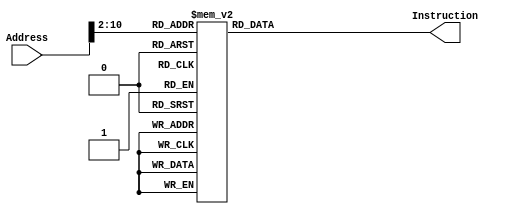
module InstructionMemory(Address, Instruction);
	input [31:0] Address;
	output reg [31:0] Instruction;
	always @(*)
		case (Address[10:2])
			9'd0:    Instruction <= 32'h08000003;
			9'd1:    Instruction <= 32'h08000172;
			9'd2:    Instruction <= 32'h0800019f;
			9'd3:    Instruction <= 32'h24090014;
			9'd4:    Instruction <= 32'h01200008;
			9'd5:    Instruction <= 32'h0000a021;
			9'd6:    Instruction <= 32'h2008003f;
			9'd7:    Instruction <= 32'hae880000;
			9'd8:    Instruction <= 32'h20080006;
			9'd9:    Instruction <= 32'hae880004;
			9'd10:    Instruction <= 32'h2008005b;
			9'd11:    Instruction <= 32'hae880008;
			9'd12:    Instruction <= 32'h2008004b;
			9'd13:    Instruction <= 32'hae88000c;
			9'd14:    Instruction <= 32'h20080066;
			9'd15:    Instruction <= 32'hae880010;
			9'd16:    Instruction <= 32'h2008006d;
			9'd17:    Instruction <= 32'hae880014;
			9'd18:    Instruction <= 32'h2008007d;
			9'd19:    Instruction <= 32'hae880018;
			9'd20:    Instruction <= 32'h20080007;
			9'd21:    Instruction <= 32'hae88001c;
			9'd22:    Instruction <= 32'h2008007f;
			9'd23:    Instruction <= 32'hae880020;
			9'd24:    Instruction <= 32'h2008006f;
			9'd25:    Instruction <= 32'hae880024;
			9'd26:    Instruction <= 32'h20080077;
			9'd27:    Instruction <= 32'hae880028;
			9'd28:    Instruction <= 32'h2008007c;
			9'd29:    Instruction <= 32'hae88002c;
			9'd30:    Instruction <= 32'h20080039;
			9'd31:    Instruction <= 32'hae880030;
			9'd32:    Instruction <= 32'h2008005e;
			9'd33:    Instruction <= 32'hae880034;
			9'd34:    Instruction <= 32'h20080079;
			9'd35:    Instruction <= 32'hae880038;
			9'd36:    Instruction <= 32'h20080071;
			9'd37:    Instruction <= 32'hae88003c;
			9'd38:    Instruction <= 32'h20083dd6;
			9'd39:    Instruction <= 32'hae880040;
			9'd40:    Instruction <= 32'h20083fc9;
			9'd41:    Instruction <= 32'hae880044;
			9'd42:    Instruction <= 32'h200878c5;
			9'd43:    Instruction <= 32'hae880048;
			9'd44:    Instruction <= 32'h200850c0;
			9'd45:    Instruction <= 32'hae88004c;
			9'd46:    Instruction <= 32'h200818e7;
			9'd47:    Instruction <= 32'hae880050;
			9'd48:    Instruction <= 32'h2008006e;
			9'd49:    Instruction <= 32'hae880054;
			9'd50:    Instruction <= 32'h20085ab4;
			9'd51:    Instruction <= 32'hae880058;
			9'd52:    Instruction <= 32'h200805bb;
			9'd53:    Instruction <= 32'hae88005c;
			9'd54:    Instruction <= 32'h200849a0;
			9'd55:    Instruction <= 32'hae880060;
			9'd56:    Instruction <= 32'h20083282;
			9'd57:    Instruction <= 32'hae880064;
			9'd58:    Instruction <= 32'h200843f1;
			9'd59:    Instruction <= 32'hae880068;
			9'd60:    Instruction <= 32'h20080779;
			9'd61:    Instruction <= 32'hae88006c;
			9'd62:    Instruction <= 32'h200811f4;
			9'd63:    Instruction <= 32'hae880070;
			9'd64:    Instruction <= 32'h20081757;
			9'd65:    Instruction <= 32'hae880074;
			9'd66:    Instruction <= 32'h20086f1a;
			9'd67:    Instruction <= 32'hae880078;
			9'd68:    Instruction <= 32'h2008584b;
			9'd69:    Instruction <= 32'hae88007c;
			9'd70:    Instruction <= 32'h20084fd2;
			9'd71:    Instruction <= 32'hae880080;
			9'd72:    Instruction <= 32'h20083989;
			9'd73:    Instruction <= 32'hae880084;
			9'd74:    Instruction <= 32'h200873a5;
			9'd75:    Instruction <= 32'hae880088;
			9'd76:    Instruction <= 32'h20084d19;
			9'd77:    Instruction <= 32'hae88008c;
			9'd78:    Instruction <= 32'h2008015d;
			9'd79:    Instruction <= 32'hae880090;
			9'd80:    Instruction <= 32'h20082ab6;
			9'd81:    Instruction <= 32'hae880094;
			9'd82:    Instruction <= 32'h20084b83;
			9'd83:    Instruction <= 32'hae880098;
			9'd84:    Instruction <= 32'h200802f7;
			9'd85:    Instruction <= 32'hae88009c;
			9'd86:    Instruction <= 32'h20083f59;
			9'd87:    Instruction <= 32'hae8800a0;
			9'd88:    Instruction <= 32'h20085adb;
			9'd89:    Instruction <= 32'hae8800a4;
			9'd90:    Instruction <= 32'h20081093;
			9'd91:    Instruction <= 32'hae8800a8;
			9'd92:    Instruction <= 32'h2008547c;
			9'd93:    Instruction <= 32'hae8800ac;
			9'd94:    Instruction <= 32'h20085925;
			9'd95:    Instruction <= 32'hae8800b0;
			9'd96:    Instruction <= 32'h20081a25;
			9'd97:    Instruction <= 32'hae8800b4;
			9'd98:    Instruction <= 32'h20083c3b;
			9'd99:    Instruction <= 32'hae8800b8;
			9'd100:    Instruction <= 32'h200875ed;
			9'd101:    Instruction <= 32'hae8800bc;
			9'd102:    Instruction <= 32'h20087fd3;
			9'd103:    Instruction <= 32'hae8800c0;
			9'd104:    Instruction <= 32'h2008604e;
			9'd105:    Instruction <= 32'hae8800c4;
			9'd106:    Instruction <= 32'h20087d0c;
			9'd107:    Instruction <= 32'hae8800c8;
			9'd108:    Instruction <= 32'h200808aa;
			9'd109:    Instruction <= 32'hae8800cc;
			9'd110:    Instruction <= 32'h20085802;
			9'd111:    Instruction <= 32'hae8800d0;
			9'd112:    Instruction <= 32'h20087e4a;
			9'd113:    Instruction <= 32'hae8800d4;
			9'd114:    Instruction <= 32'h20086b2f;
			9'd115:    Instruction <= 32'hae8800d8;
			9'd116:    Instruction <= 32'h20084dd1;
			9'd117:    Instruction <= 32'hae8800dc;
			9'd118:    Instruction <= 32'h20084b83;
			9'd119:    Instruction <= 32'hae8800e0;
			9'd120:    Instruction <= 32'h200807ef;
			9'd121:    Instruction <= 32'hae8800e4;
			9'd122:    Instruction <= 32'h20085d0f;
			9'd123:    Instruction <= 32'hae8800e8;
			9'd124:    Instruction <= 32'h20086b21;
			9'd125:    Instruction <= 32'hae8800ec;
			9'd126:    Instruction <= 32'h20085896;
			9'd127:    Instruction <= 32'hae8800f0;
			9'd128:    Instruction <= 32'h200878b6;
			9'd129:    Instruction <= 32'hae8800f4;
			9'd130:    Instruction <= 32'h20081db8;
			9'd131:    Instruction <= 32'hae8800f8;
			9'd132:    Instruction <= 32'h20086330;
			9'd133:    Instruction <= 32'hae8800fc;
			9'd134:    Instruction <= 32'h200840bf;
			9'd135:    Instruction <= 32'hae880100;
			9'd136:    Instruction <= 32'h20081e14;
			9'd137:    Instruction <= 32'hae880104;
			9'd138:    Instruction <= 32'h20084368;
			9'd139:    Instruction <= 32'hae880108;
			9'd140:    Instruction <= 32'h20081e5a;
			9'd141:    Instruction <= 32'hae88010c;
			9'd142:    Instruction <= 32'h200805f6;
			9'd143:    Instruction <= 32'hae880110;
			9'd144:    Instruction <= 32'h20085977;
			9'd145:    Instruction <= 32'hae880114;
			9'd146:    Instruction <= 32'h20080e13;
			9'd147:    Instruction <= 32'hae880118;
			9'd148:    Instruction <= 32'h20087d25;
			9'd149:    Instruction <= 32'hae88011c;
			9'd150:    Instruction <= 32'h20084d8e;
			9'd151:    Instruction <= 32'hae880120;
			9'd152:    Instruction <= 32'h2008418d;
			9'd153:    Instruction <= 32'hae880124;
			9'd154:    Instruction <= 32'h20087384;
			9'd155:    Instruction <= 32'hae880128;
			9'd156:    Instruction <= 32'h200870b8;
			9'd157:    Instruction <= 32'hae88012c;
			9'd158:    Instruction <= 32'h200816c6;
			9'd159:    Instruction <= 32'hae880130;
			9'd160:    Instruction <= 32'h20087fc1;
			9'd161:    Instruction <= 32'hae880134;
			9'd162:    Instruction <= 32'h20086848;
			9'd163:    Instruction <= 32'hae880138;
			9'd164:    Instruction <= 32'h200805c2;
			9'd165:    Instruction <= 32'hae88013c;
			9'd166:    Instruction <= 32'h200872cf;
			9'd167:    Instruction <= 32'hae880140;
			9'd168:    Instruction <= 32'h2008200a;
			9'd169:    Instruction <= 32'hae880144;
			9'd170:    Instruction <= 32'h20084740;
			9'd171:    Instruction <= 32'hae880148;
			9'd172:    Instruction <= 32'h20081fad;
			9'd173:    Instruction <= 32'hae88014c;
			9'd174:    Instruction <= 32'h20080e83;
			9'd175:    Instruction <= 32'hae880150;
			9'd176:    Instruction <= 32'h20084261;
			9'd177:    Instruction <= 32'hae880154;
			9'd178:    Instruction <= 32'h2008366c;
			9'd179:    Instruction <= 32'hae880158;
			9'd180:    Instruction <= 32'h20086643;
			9'd181:    Instruction <= 32'hae88015c;
			9'd182:    Instruction <= 32'h2008127f;
			9'd183:    Instruction <= 32'hae880160;
			9'd184:    Instruction <= 32'h200831f4;
			9'd185:    Instruction <= 32'hae880164;
			9'd186:    Instruction <= 32'h2008582d;
			9'd187:    Instruction <= 32'hae880168;
			9'd188:    Instruction <= 32'h20086ffd;
			9'd189:    Instruction <= 32'hae88016c;
			9'd190:    Instruction <= 32'h20085687;
			9'd191:    Instruction <= 32'hae880170;
			9'd192:    Instruction <= 32'h20081b5f;
			9'd193:    Instruction <= 32'hae880174;
			9'd194:    Instruction <= 32'h20085abb;
			9'd195:    Instruction <= 32'hae880178;
			9'd196:    Instruction <= 32'h20087553;
			9'd197:    Instruction <= 32'hae88017c;
			9'd198:    Instruction <= 32'h20086861;
			9'd199:    Instruction <= 32'hae880180;
			9'd200:    Instruction <= 32'h20086e1d;
			9'd201:    Instruction <= 32'hae880184;
			9'd202:    Instruction <= 32'h200835bd;
			9'd203:    Instruction <= 32'hae880188;
			9'd204:    Instruction <= 32'h20087bbc;
			9'd205:    Instruction <= 32'hae88018c;
			9'd206:    Instruction <= 32'h20085d62;
			9'd207:    Instruction <= 32'hae880190;
			9'd208:    Instruction <= 32'h20087580;
			9'd209:    Instruction <= 32'hae880194;
			9'd210:    Instruction <= 32'h20085250;
			9'd211:    Instruction <= 32'hae880198;
			9'd212:    Instruction <= 32'h200811c1;
			9'd213:    Instruction <= 32'hae88019c;
			9'd214:    Instruction <= 32'h20083865;
			9'd215:    Instruction <= 32'hae8801a0;
			9'd216:    Instruction <= 32'h200864fa;
			9'd217:    Instruction <= 32'hae8801a4;
			9'd218:    Instruction <= 32'h20081dab;
			9'd219:    Instruction <= 32'hae8801a8;
			9'd220:    Instruction <= 32'h20087945;
			9'd221:    Instruction <= 32'hae8801ac;
			9'd222:    Instruction <= 32'h20085620;
			9'd223:    Instruction <= 32'hae8801b0;
			9'd224:    Instruction <= 32'h20081c08;
			9'd225:    Instruction <= 32'hae8801b4;
			9'd226:    Instruction <= 32'h200831cd;
			9'd227:    Instruction <= 32'hae8801b8;
			9'd228:    Instruction <= 32'h200814b8;
			9'd229:    Instruction <= 32'hae8801bc;
			9'd230:    Instruction <= 32'h20085d99;
			9'd231:    Instruction <= 32'hae8801c0;
			9'd232:    Instruction <= 32'h20086c9d;
			9'd233:    Instruction <= 32'hae8801c4;
			9'd234:    Instruction <= 32'h200827aa;
			9'd235:    Instruction <= 32'hae8801c8;
			9'd236:    Instruction <= 32'h200872a1;
			9'd237:    Instruction <= 32'hae8801cc;
			9'd238:    Instruction <= 32'h2008533f;
			9'd239:    Instruction <= 32'hae8801d0;
			9'd240:    Instruction <= 32'h20086cc2;
			9'd241:    Instruction <= 32'hae8801d4;
			9'd242:    Instruction <= 32'h20080e41;
			9'd243:    Instruction <= 32'hae8801d8;
			9'd244:    Instruction <= 32'h20086c6a;
			9'd245:    Instruction <= 32'hae8801dc;
			9'd246:    Instruction <= 32'h20082981;
			9'd247:    Instruction <= 32'hae8801e0;
			9'd248:    Instruction <= 32'h20085783;
			9'd249:    Instruction <= 32'hae8801e4;
			9'd250:    Instruction <= 32'h2008748d;
			9'd251:    Instruction <= 32'hae8801e8;
			9'd252:    Instruction <= 32'h20083e81;
			9'd253:    Instruction <= 32'hae8801ec;
			9'd254:    Instruction <= 32'h20085c13;
			9'd255:    Instruction <= 32'hae8801f0;
			9'd256:    Instruction <= 32'h2008478e;
			9'd257:    Instruction <= 32'hae8801f4;
			9'd258:    Instruction <= 32'h200867f4;
			9'd259:    Instruction <= 32'hae8801f8;
			9'd260:    Instruction <= 32'h20086bf4;
			9'd261:    Instruction <= 32'hae8801fc;
			9'd262:    Instruction <= 32'h20082c17;
			9'd263:    Instruction <= 32'hae880200;
			9'd264:    Instruction <= 32'h20082126;
			9'd265:    Instruction <= 32'hae880204;
			9'd266:    Instruction <= 32'h20085004;
			9'd267:    Instruction <= 32'hae880208;
			9'd268:    Instruction <= 32'h20087fa6;
			9'd269:    Instruction <= 32'hae88020c;
			9'd270:    Instruction <= 32'h20083d2a;
			9'd271:    Instruction <= 32'hae880210;
			9'd272:    Instruction <= 32'h2008143f;
			9'd273:    Instruction <= 32'hae880214;
			9'd274:    Instruction <= 32'h20082b3e;
			9'd275:    Instruction <= 32'hae880218;
			9'd276:    Instruction <= 32'h20084a73;
			9'd277:    Instruction <= 32'hae88021c;
			9'd278:    Instruction <= 32'h20087ef4;
			9'd279:    Instruction <= 32'hae880220;
			9'd280:    Instruction <= 32'h2008141f;
			9'd281:    Instruction <= 32'hae880224;
			9'd282:    Instruction <= 32'h200850a3;
			9'd283:    Instruction <= 32'hae880228;
			9'd284:    Instruction <= 32'h200875a4;
			9'd285:    Instruction <= 32'hae88022c;
			9'd286:    Instruction <= 32'h20083a25;
			9'd287:    Instruction <= 32'hae880230;
			9'd288:    Instruction <= 32'h20080f93;
			9'd289:    Instruction <= 32'hae880234;
			9'd290:    Instruction <= 32'h2008591d;
			9'd291:    Instruction <= 32'hae880238;
			9'd292:    Instruction <= 32'h20082578;
			9'd293:    Instruction <= 32'hae88023c;
			9'd294:    Instruction <= 32'h3c014000;
			9'd295:    Instruction <= 32'h34340008;
			9'd296:    Instruction <= 32'h20080000;
			9'd297:    Instruction <= 32'hae880000;
			9'd298:    Instruction <= 32'h2295fffc;
			9'd299:    Instruction <= 32'h2008ff9b;
			9'd300:    Instruction <= 32'haea80000;
			9'd301:    Instruction <= 32'h2295fff8;
			9'd302:    Instruction <= 32'h2008ff9b;
			9'd303:    Instruction <= 32'haea80000;
			9'd304:    Instruction <= 32'h201d0400;
			9'd305:    Instruction <= 32'h3c014000;
			9'd306:    Instruction <= 32'h34350014;
			9'd307:    Instruction <= 32'h8eb60000;
			9'd308:    Instruction <= 32'h24100040;
			9'd309:    Instruction <= 32'h24110080;
			9'd310:    Instruction <= 32'h00102021;
			9'd311:    Instruction <= 32'h00112821;
			9'd312:    Instruction <= 32'h0c000150;
			9'd313:    Instruction <= 32'h8ea80000;
			9'd314:    Instruction <= 32'h01161022;
			9'd315:    Instruction <= 32'h20090080;
			9'd316:    Instruction <= 32'h200a0040;
			9'd317:    Instruction <= 32'h11200004;
			9'd318:    Instruction <= 32'h2129ffff;
			9'd319:    Instruction <= 32'h8d4b0000;
			9'd320:    Instruction <= 32'h214a0004;
			9'd321:    Instruction <= 32'h0800013d;
			9'd322:    Instruction <= 32'h20080003;
			9'd323:    Instruction <= 32'hae880000;
			9'd324:    Instruction <= 32'h3c014000;
			9'd325:    Instruction <= 32'h34350010;
			9'd326:    Instruction <= 32'h20160000;
			9'd327:    Instruction <= 32'h1000ffff;
			9'd328:    Instruction <= 32'h00054080;
			9'd329:    Instruction <= 32'h01044020;
			9'd330:    Instruction <= 32'h8d090000;
			9'd331:    Instruction <= 32'h8d0a0004;
			9'd332:    Instruction <= 32'had0a0000;
			9'd333:    Instruction <= 32'had090004;
			9'd334:    Instruction <= 32'h00001021;
			9'd335:    Instruction <= 32'h03e00008;
			9'd336:    Instruction <= 32'h23bdfff4;
			9'd337:    Instruction <= 32'hafbf0000;
			9'd338:    Instruction <= 32'hafb00004;
			9'd339:    Instruction <= 32'hafb10008;
			9'd340:    Instruction <= 32'h00049021;
			9'd341:    Instruction <= 32'h00059821;
			9'd342:    Instruction <= 32'h24100000;
			9'd343:    Instruction <= 32'h0213402a;
			9'd344:    Instruction <= 32'h11000013;
			9'd345:    Instruction <= 32'h2211ffff;
			9'd346:    Instruction <= 32'h0220482a;
			9'd347:    Instruction <= 32'h34010001;
			9'd348:    Instruction <= 32'h00294823;
			9'd349:    Instruction <= 32'h1120000c;
			9'd350:    Instruction <= 32'h00115080;
			9'd351:    Instruction <= 32'h024a5020;
			9'd352:    Instruction <= 32'h8d4b0000;
			9'd353:    Instruction <= 32'h8d4c0004;
			9'd354:    Instruction <= 32'h018b502a;
			9'd355:    Instruction <= 32'h012a4824;
			9'd356:    Instruction <= 32'h11200005;
			9'd357:    Instruction <= 32'h00122021;
			9'd358:    Instruction <= 32'h00112821;
			9'd359:    Instruction <= 32'h0c000148;
			9'd360:    Instruction <= 32'h2231ffff;
			9'd361:    Instruction <= 32'h0800015a;
			9'd362:    Instruction <= 32'h22100001;
			9'd363:    Instruction <= 32'h08000157;
			9'd364:    Instruction <= 32'h8fb10008;
			9'd365:    Instruction <= 32'h8fb00004;
			9'd366:    Instruction <= 32'h8fbf0000;
			9'd367:    Instruction <= 32'h23bd000c;
			9'd368:    Instruction <= 32'h00001021;
			9'd369:    Instruction <= 32'h03e00008;
			9'd370:    Instruction <= 32'h200d0001;
			9'd371:    Instruction <= 32'hae8d0000;
			9'd372:    Instruction <= 32'h2419000f;
			9'd373:    Instruction <= 32'h0002b821;
			9'd374:    Instruction <= 32'h02f96824;
			9'd375:    Instruction <= 32'h0017b902;
			9'd376:    Instruction <= 32'h02f97024;
			9'd377:    Instruction <= 32'h0017b902;
			9'd378:    Instruction <= 32'h02f97824;
			9'd379:    Instruction <= 32'h0017b902;
			9'd380:    Instruction <= 32'h02f9c024;
			9'd381:    Instruction <= 32'h20170000;
			9'd382:    Instruction <= 32'h02d9b024;
			9'd383:    Instruction <= 32'h12c00006;
			9'd384:    Instruction <= 32'h20190004;
			9'd385:    Instruction <= 32'h12d90009;
			9'd386:    Instruction <= 32'h20190008;
			9'd387:    Instruction <= 32'h12d9000c;
			9'd388:    Instruction <= 32'h2019000c;
			9'd389:    Instruction <= 32'h12d9000f;
			9'd390:    Instruction <= 32'h000d6880;
			9'd391:    Instruction <= 32'h01b76820;
			9'd392:    Instruction <= 32'h8db90000;
			9'd393:    Instruction <= 32'h23390800;
			9'd394:    Instruction <= 32'h0800019a;
			9'd395:    Instruction <= 32'h000e7080;
			9'd396:    Instruction <= 32'h01d77020;
			9'd397:    Instruction <= 32'h8dd90000;
			9'd398:    Instruction <= 32'h23390400;
			9'd399:    Instruction <= 32'h0800019a;
			9'd400:    Instruction <= 32'h000f7880;
			9'd401:    Instruction <= 32'h01f77820;
			9'd402:    Instruction <= 32'h8df90000;
			9'd403:    Instruction <= 32'h23390200;
			9'd404:    Instruction <= 32'h0800019a;
			9'd405:    Instruction <= 32'h0018c080;
			9'd406:    Instruction <= 32'h0317c020;
			9'd407:    Instruction <= 32'h8f190000;
			9'd408:    Instruction <= 32'h23390100;
			9'd409:    Instruction <= 32'h0800019a;
			9'd410:    Instruction <= 32'haeb90000;
			9'd411:    Instruction <= 32'h22d60004;
			9'd412:    Instruction <= 32'h20190003;
			9'd413:    Instruction <= 32'hae990000;
			9'd414:    Instruction <= 32'h03400008;
			9'd415:    Instruction <= 32'h1000ffff;
			default:  Instruction <= 32'h0;
		endcase
		
endmodule